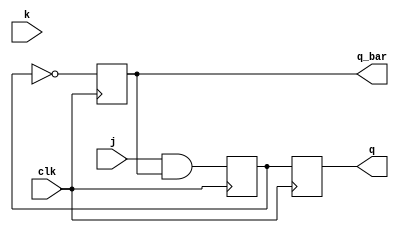
module jk_flip_flop (
    input wire j,
    input wire k,
    input wire clk,
    output reg q,
    output reg q_bar
);

reg temp_q;

always @(posedge clk) begin
    temp_q <= j & q_bar;
end

always @(negedge clk) begin
    q <= temp_q;
    q_bar <= ~temp_q;
end

endmodule